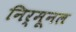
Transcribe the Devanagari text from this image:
निर्मूनल